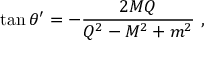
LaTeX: \tan \theta ^ { \prime } = - { \frac { 2 M Q } { Q ^ { 2 } - M ^ { 2 } + m ^ { 2 } } } \ ,